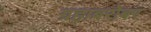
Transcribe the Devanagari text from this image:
ग्रहाबरोबर